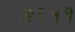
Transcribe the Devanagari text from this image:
७६५१